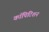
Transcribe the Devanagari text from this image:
कॉपिटिशन